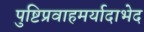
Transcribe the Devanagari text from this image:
पुष्टिप्रवाहमर्यादाभेद